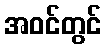
အဝင်တွင်